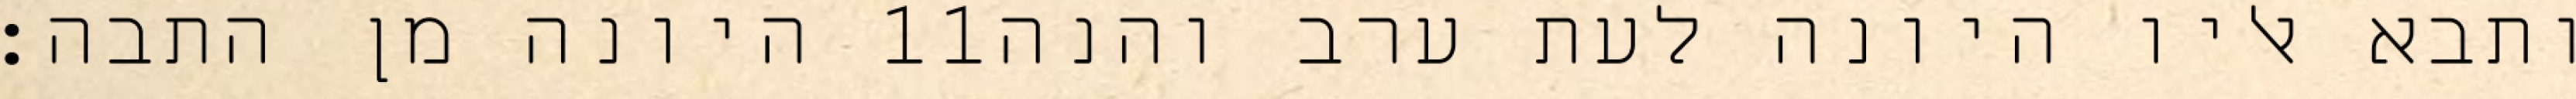
היונה מן התבה׃ ‎11‏ ותבא אליו היונה לעת ערב והנה